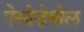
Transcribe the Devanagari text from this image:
पेसोडेबोल